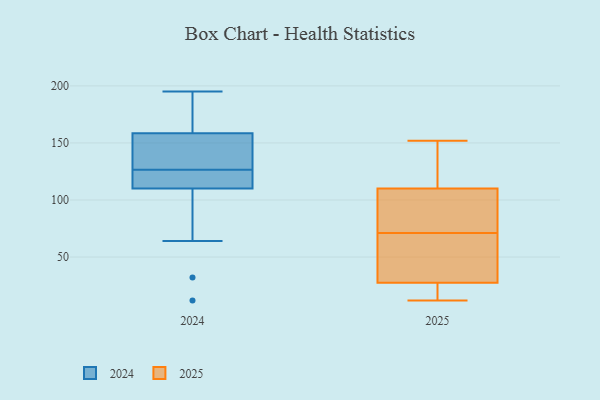
{"axis": {"x": "Active Users", "y": "Value"}, "legend": ["2024", "2025"], "data": [{"x": "", "y": 86, "type": "2024"}, {"x": "", "y": 163, "type": "2024"}, {"x": "", "y": 64, "type": "2024"}, {"x": "", "y": 108, "type": "2024"}, {"x": "", "y": 144, "type": "2024"}, {"x": "", "y": 181, "type": "2024"}, {"x": "", "y": 165, "type": "2024"}, {"x": "", "y": 12, "type": "2024"}, {"x": "", "y": 119, "type": "2024"}, {"x": "", "y": 142, "type": "2024"}, {"x": "", "y": 195, "type": "2024"}, {"x": "", "y": 112, "type": "2024"}, {"x": "", "y": 154, "type": "2024"}, {"x": "", "y": 123, "type": "2024"}, {"x": "", "y": 122, "type": "2024"}, {"x": "", "y": 32, "type": "2024"}, {"x": "", "y": 122, "type": "2024"}, {"x": "", "y": 187, "type": "2024"}, {"x": "", "y": 138, "type": "2024"}, {"x": "", "y": 130, "type": "2024"}, {"x": "", "y": 87, "type": "2025"}, {"x": "", "y": 55, "type": "2025"}, {"x": "", "y": 112, "type": "2025"}, {"x": "", "y": 92, "type": "2025"}, {"x": "", "y": 31, "type": "2025"}, {"x": "", "y": 117, "type": "2025"}, {"x": "", "y": 152, "type": "2025"}, {"x": "", "y": 108, "type": "2025"}, {"x": "", "y": 25, "type": "2025"}, {"x": "", "y": 15, "type": "2025"}, {"x": "", "y": 30, "type": "2025"}, {"x": "", "y": 12, "type": "2025"}]}